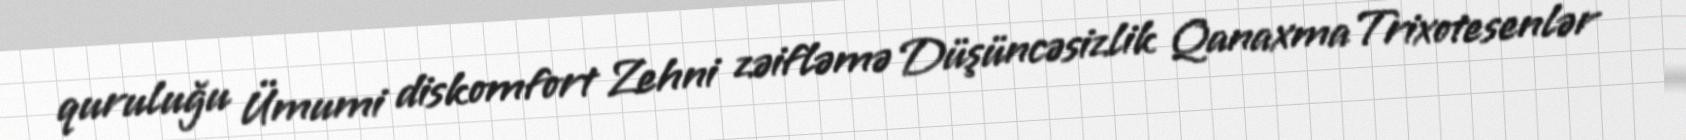
quruluğu Ümumi diskomfort Zehni zəifləmə Düşüncəsizlik QanaxmaTrixotesenlər